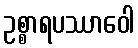
ဥစ္စာရပဿာဝေါ